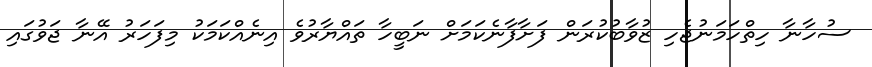
ސުހާނާ ހިތްހަމަނުޖެހި ޒުވާބުކުރަން ފަށާފާނެކަމަށް ނަބީހާ ތައްޔާރުވެ އިނެއްކަމަކު މިފަހަރު އޭނާ ޖަވުގައި